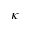
\kappa